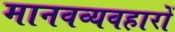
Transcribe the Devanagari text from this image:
मानवव्यवहारों